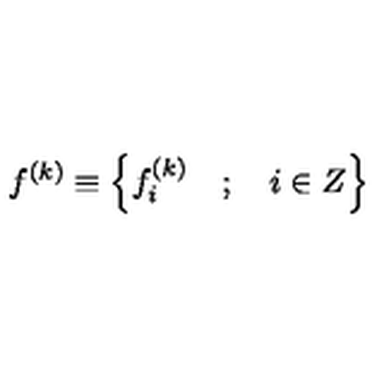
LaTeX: f ^ { \left( k \right) } \equiv \left\{ f _ { i } ^ { \left( k \right) } \quad ; \quad i \in Z \right\}